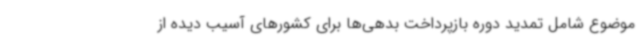
موضوع شامل تمدید دوره بازپرداخت بدهی‌ها برای کشورهای آسیب دیده از